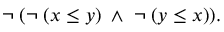
\neg \; ( \neg \; ( x \leq y ) \; \wedge \; \neg \; ( y \leq x ) ) .